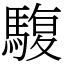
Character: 䮡